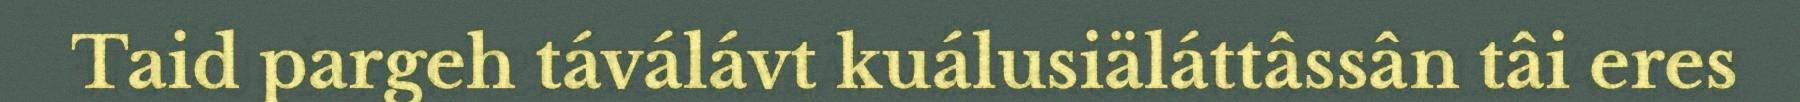
Taid pargeh táválávt kuálusiäláttâssân tâi eres